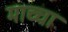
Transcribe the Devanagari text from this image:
माच्चा